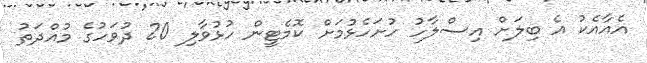
އެއާއެކު އެ ބިލަށް އިސްލާހު ހުށަހެޅުމަށް ކޮމެޓީން ހުޅުވާލި 20 ދުވަހުގެ މުއްދަތު